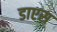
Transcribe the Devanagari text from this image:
डाएस